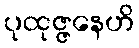
ပုထုဇ္ဇနေဟိ